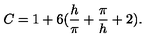
C = 1 + 6 ( { \frac { h } { \pi } } + { \frac { \pi } { h } } + 2 ) .